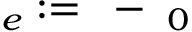
\mathbf { \varepsilon } _ { e } : = \mathbf { \varepsilon } - \mathbf { \varepsilon } _ { 0 }